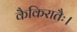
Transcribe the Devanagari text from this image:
कैकिरातैः।